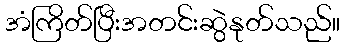
အံကြိတ်ပြီးအတင်းဆွဲနုတ်သည်။